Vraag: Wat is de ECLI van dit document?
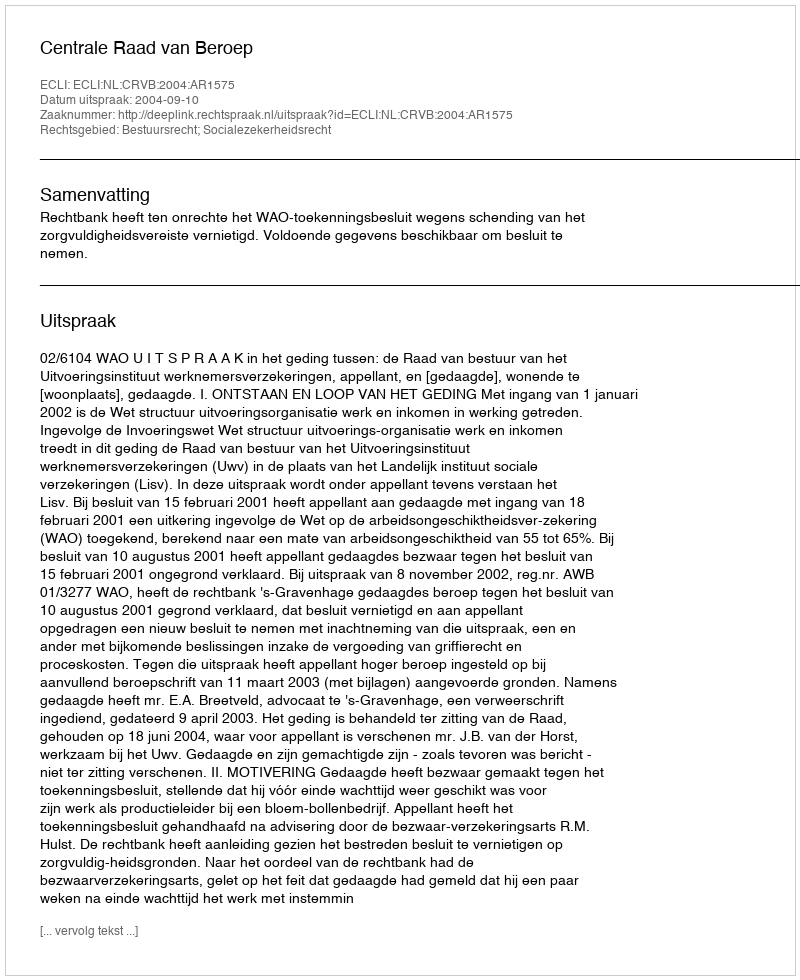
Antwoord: ECLI:NL:CRVB:2004:AR1575